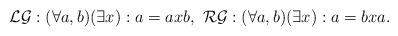
LaTeX: \begin{align*}\mathcal{LG}:(\forall a,b)(\exists x):a=axb,\,\,\mathcal{RG}:(\forall a,b)(\exists x):a=bxa.\end{align*}